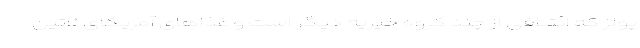
پولز که ائتلافی از چند گروه خیریه دیگر است و غذاهای آمریکای لاتین